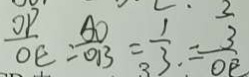
\frac { O P } { O E } = \frac { A O } { O B } = \frac { 1 } { 3 } . = \frac { 3 } { O E }